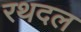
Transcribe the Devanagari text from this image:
रथदल